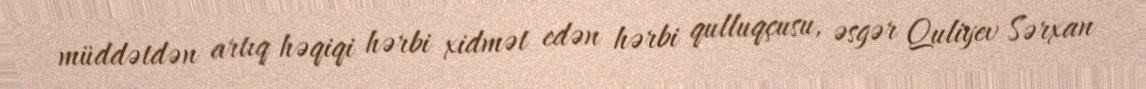
müddətdən artıq həqiqi hərbi xidmət edən hərbi qulluqçusu, əsgər Quliyev Sərxan